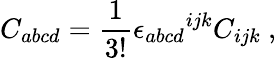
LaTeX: C_{abcd}=\frac{1}{3!}{\epsilon_{abcd}}^{ijk}C_{ijk}~,